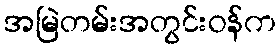
အမြဲတမ်းအတွင်းဝန်က